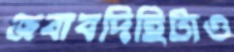
জবাবদিহিটাও